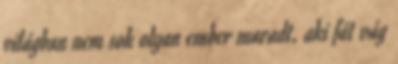
világban nem sok olyan ember maradt, aki fát vág